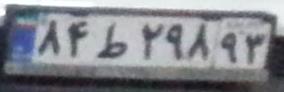
۸۴ط۲۹۸۹۳